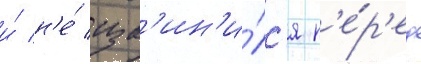
и́ н'е́ изв'ин'и́лс'я п'е́р'ед